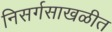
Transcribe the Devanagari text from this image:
निसर्गसाखळीत